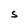
Character: S